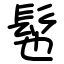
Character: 髢